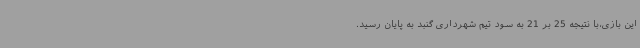
این بازی،با نتیجه 25 بر 21 به سود تیم شهرداری گنبد به پایان رسید.